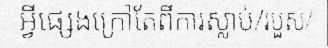
អ្វីផ្សេងក្រៅតែពីការស្លាប់/របួស/